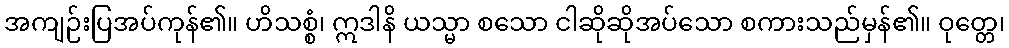
အကျဉ်းပြအပ်ကုန်၏။ ဟိသစ္စံ၊ ဣဒါနိ ယသ္မာ စသော ငါဆိုဆိုအပ်သော စကားသည်မှန်၏။ ဝုတ္တေ၊